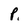
Character: p